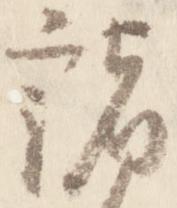
諸